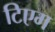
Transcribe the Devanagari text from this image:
टिएम